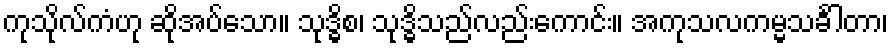
ကုသိုလ်ကံဟု ဆိုအပ်သော။ သုဒ္ဓိစ၊ သုဒ္ဓိသည်လည်းကောင်း။ အကုသလကမ္မသင်္ခါတာ၊